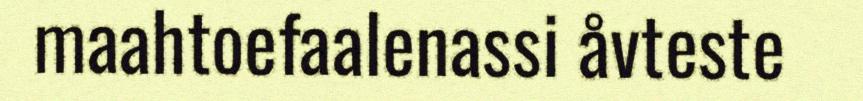
maahtoefaalenassi åvteste